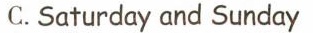
C.Saturday and Sunday